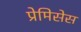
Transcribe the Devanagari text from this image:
प्रेमिसेस